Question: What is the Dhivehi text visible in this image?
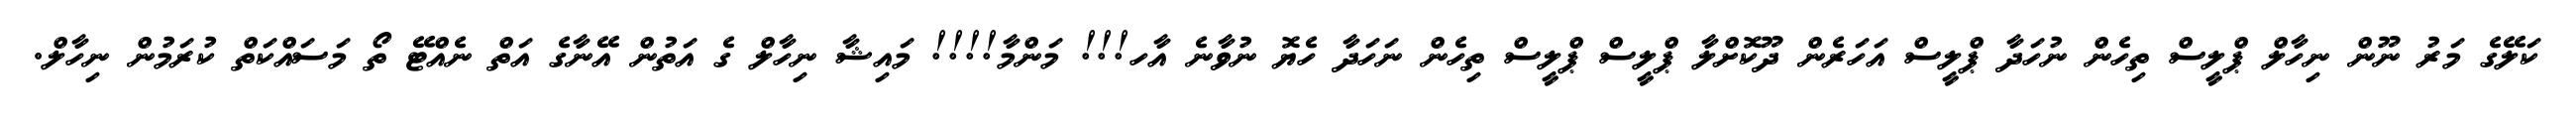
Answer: ކަލޭގެ މަރު ނޫން ނިހާލް ޕްލީސް ތިހެން ނުހަދާ ޕްލީސް އަހަރެން ދޫކޮށްލާ ޕްލީސް ޕްލީސް ތިހެން ނަހަދާ ހެޔޮ ނުވާނެ އާހ!!! މަންމާ!!!! މައިޝާ ނިހާލް ގެ އަތުން އޭނާގެ އަތް ނެއްޓޭ ތޯ މަސައްކަތް ކުރަމުން ނިހާލް.